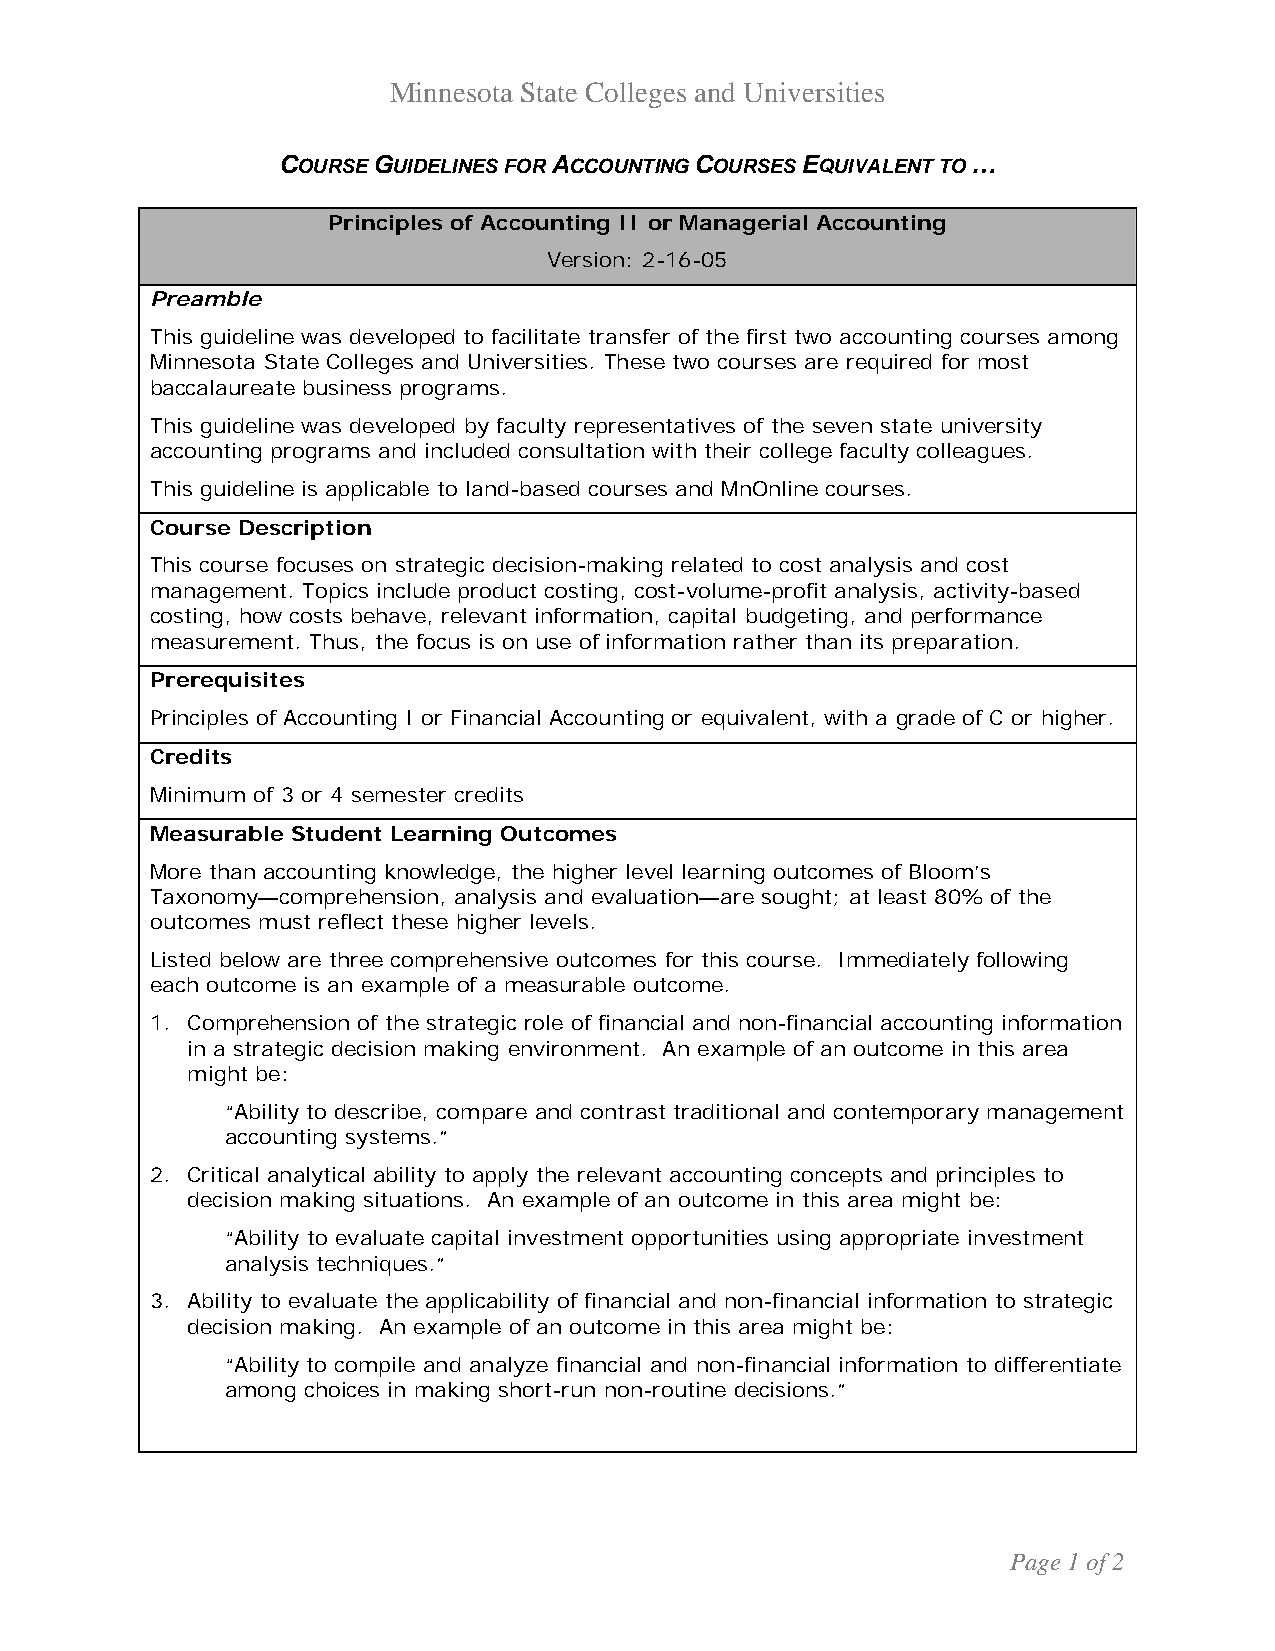
Minnesota State Colleges and Universities
 COURSE GUIDELINES FOR ACCOUNTING COURSES EQUIVALENT TO …
 Principles of Accounting II or Managerial Accounting
 Version: 2-16-05
 Preamble
 This guideline was developed to facilitate transfer of the first two accounting courses among
 Minnesota State Colleges and Universities. These two courses are required for most
 baccalaureate business programs.
 This guideline was developed by faculty representatives of the seven state university
 accounting programs and included consultation with their college faculty colleagues.
 This guideline is applicable to land-based courses and MnOnline courses.
 Course Description
 This course focuses on strategic decision-making related to cost analysis and cost
 management. Topics include product costing, cost-volume-profit analysis, activity-based
 costing, how costs behave, relevant information, capital budgeting, and performance
 measurement. Thus, the focus is on use of information rather than its preparation.
 Prerequisites
 Principles of Accounting I or Financial Accounting or equivalent, with a grade of C or higher.
 Credits
 Minimum of 3 or 4 semester credits
 Measurable Student Learning Outcomes
 More than accounting knowledge, the higher level learning outcomes of Bloom’s
 Taxonomy—comprehension, analysis and evaluation—are sought; at least 80% of the
 outcomes must reflect these higher levels.
 Listed below are three comprehensive outcomes for this course. Immediately following
 each outcome is an example of a measurable outcome.
 1. Comprehension of the strategic role of financial and non-financial accounting information
 in a strategic decision making environment. An example of an outcome in this area
 might be:
 “Ability to describe, compare and contrast traditional and contemporary management
 accounting systems.”
 2. Critical analytical ability to apply the relevant accounting concepts and principles to
 decision making situations. An example of an outcome in this area might be:
 “Ability to evaluate capital investment opportunities using appropriate investment
 analysis techniques.”
 3. Ability to evaluate the applicability of financial and non-financial information to strategic
 decision making. An example of an outcome in this area might be:
 “Ability to compile and analyze financial and non-financial information to differentiate
 among choices in making short-run non-routine decisions.”
 Page 1 of 2